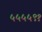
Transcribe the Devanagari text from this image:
५५५५९१